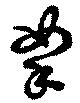
拏